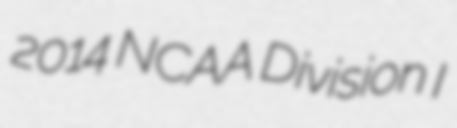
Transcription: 2014 NCAA Division I